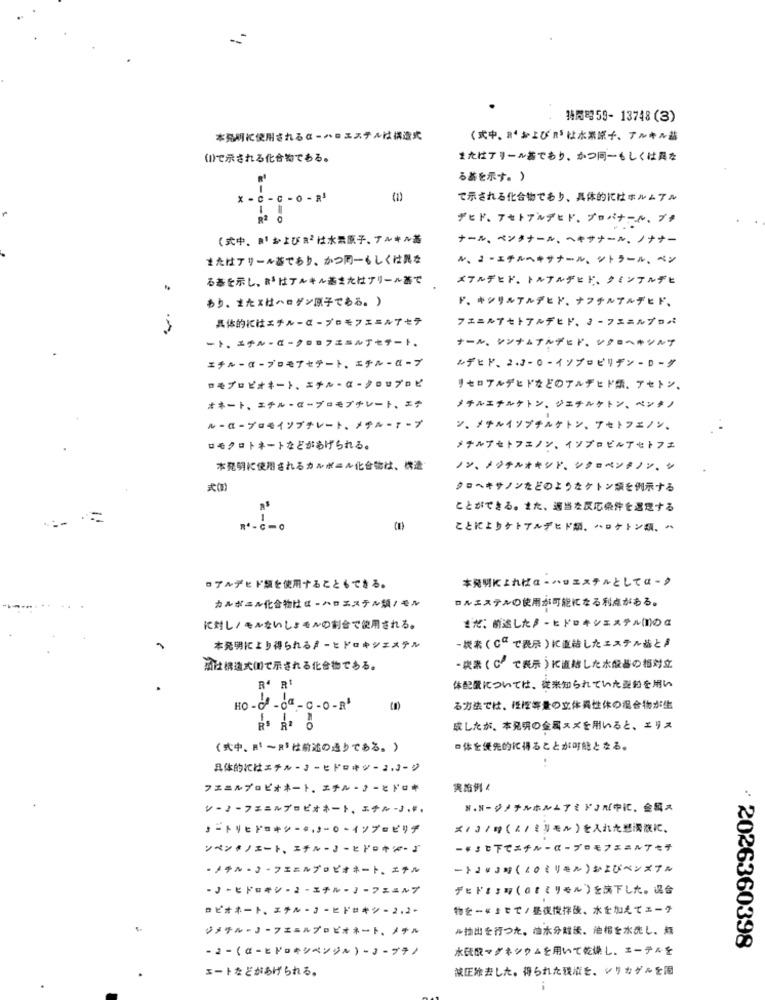
特開時59- 13748(3)
本発明に使用されるα-ハロエステムは構造式
(式中、R‘およびnは水素涼子、アルキル盐
(1)で示される化合物である。
またはアリールあでもり、かつ同一もしくは異な
る基を示す。)
x - C - C - O - RS
2-
()
で示される化合物であり、具体的にはホルムアル
1
R2 0
デヒド、アセトアルデヒド、プロバナール、ブナ
(式中。a1 およびが2は水果原子、アルキル器
ナール、ベンタナール、ヘキサナール、ノナナー
またはアリール基であり、かつ同ーもしくは異な
ル、コーエチルヘキサナール、ソトラール、ペン
る基を示し、がはアルキル基またはアリール器で
メフルデヒド、トルアルデヒド、クミンアルデヒ
あり、またxはハロゲン原子である。)
ド、 キシリルアルデヒド、ナフテルアルデヒド、
具体的にはエチルーα-プロモフエニルアセテ
フエニルアセトアルデヒド、コーフユニルプロパ
ート、エチルーペークロロフェラルアセチート
ナール、レンナムアルデヒド、ソクロヘキシルプ
エチルーα-プロモアセテート、エチル-αープ
ルデヒド、2.3-0-イソプロピリデンーローグ
ロモブロピオキート、エチル-α-シロップロビ
リセロアルデヒドなどのアルデヒド類、アセトン、
ホネート、エチル-αープロモプチレート、エテ
メチルエナルケトン、ジエチルケトン、ペンタノ
ルーα-プロモイソプチレート、メチルーマープ
ン、メチルイソプチルケトン、アセトフェノン、
ロモクロトキートなどがあげられる。
メナルプセトフェノン、イツプロビルアセトフェ
本発明に使用されるカルボニル化合物は、構造
ノン、メジテルオキシド、シクロベンタノン、シ
式(N)
クロヘキサノンをどのようなクトン領を例示する
ことができる。また、適当な反応条件を選定する
n-c-o
(I)
ことによりケトアルデヒドが、ヘロケトン類、^
本発明によればα-ハロエステルとしてαー タ
ロアルデヒド額を使用することもできる。
カルボニル化合物はα-ハロエステル類ノモル
ロルエステルの使用が可能になる利点がある。
まだ、前述した♪ーヒドロキシエステル(I)の は
に対し/モルないしょもんの割合で使用される。
本発明に上り得られるミーヒドロキシエステル
-炭素(Ca で表示)に直結したエステルあと♪
風は構造式间で示される化合物である。
·炭素(CP で表示)に直結した水酸場の相対立
R4 Rt
体配置については、従来知られていた型船を用い
-Qa - c -O -R'
る方法では、種障等量の立体異性休の混合物が生
RS R2 6
成したが、本発明の金属スズを用いると、エリス
(式中、m' ~R'は前述の通りである。)
■体を優先的に帰ることが可能となる。
具体的にはエチルーコーヒドロキジーコ、コージ
フェニルプロピオキート。エチル·コーヒドロキ
実施例!
N.Nージメチルホルムアミドコだ中に、金属ぇ
♪ートリヒドロキシーキ」」ー〇·イソプーピリチ
</3/時(4/ミリモル)を入れた巻滑液に、
ンペンキノエート、エチルーコーヒドロキダーよ
ー ミ ヒ下でエチル-α -ブロモフェニルアセチ
·メチル ·コ·フェニルプロビオホート、エチル
·ノーヒドロキシ·ユ·エチル·』·フェュルプ
デヒドままぁ(atミリモル)を落下した。混合
ロビオネート、エチル·コーヒドロキシー2.2+
物をーゃままでノ昼夜搅拌後、水を加えてエータ
ジメチルーリーフエールプロビオネート、メチル
ゃ抽出を行った。油水分館後、池相を水洗し、媽
· 2026360398
-2-(α-ヒドロキシペンシル ) -コ ープテノ
水氏なマグネシウムを用いて乾燥し、エーティを
エートなどがあげられる。
減圧除去した。得られた税ボを、シリカゲルを園